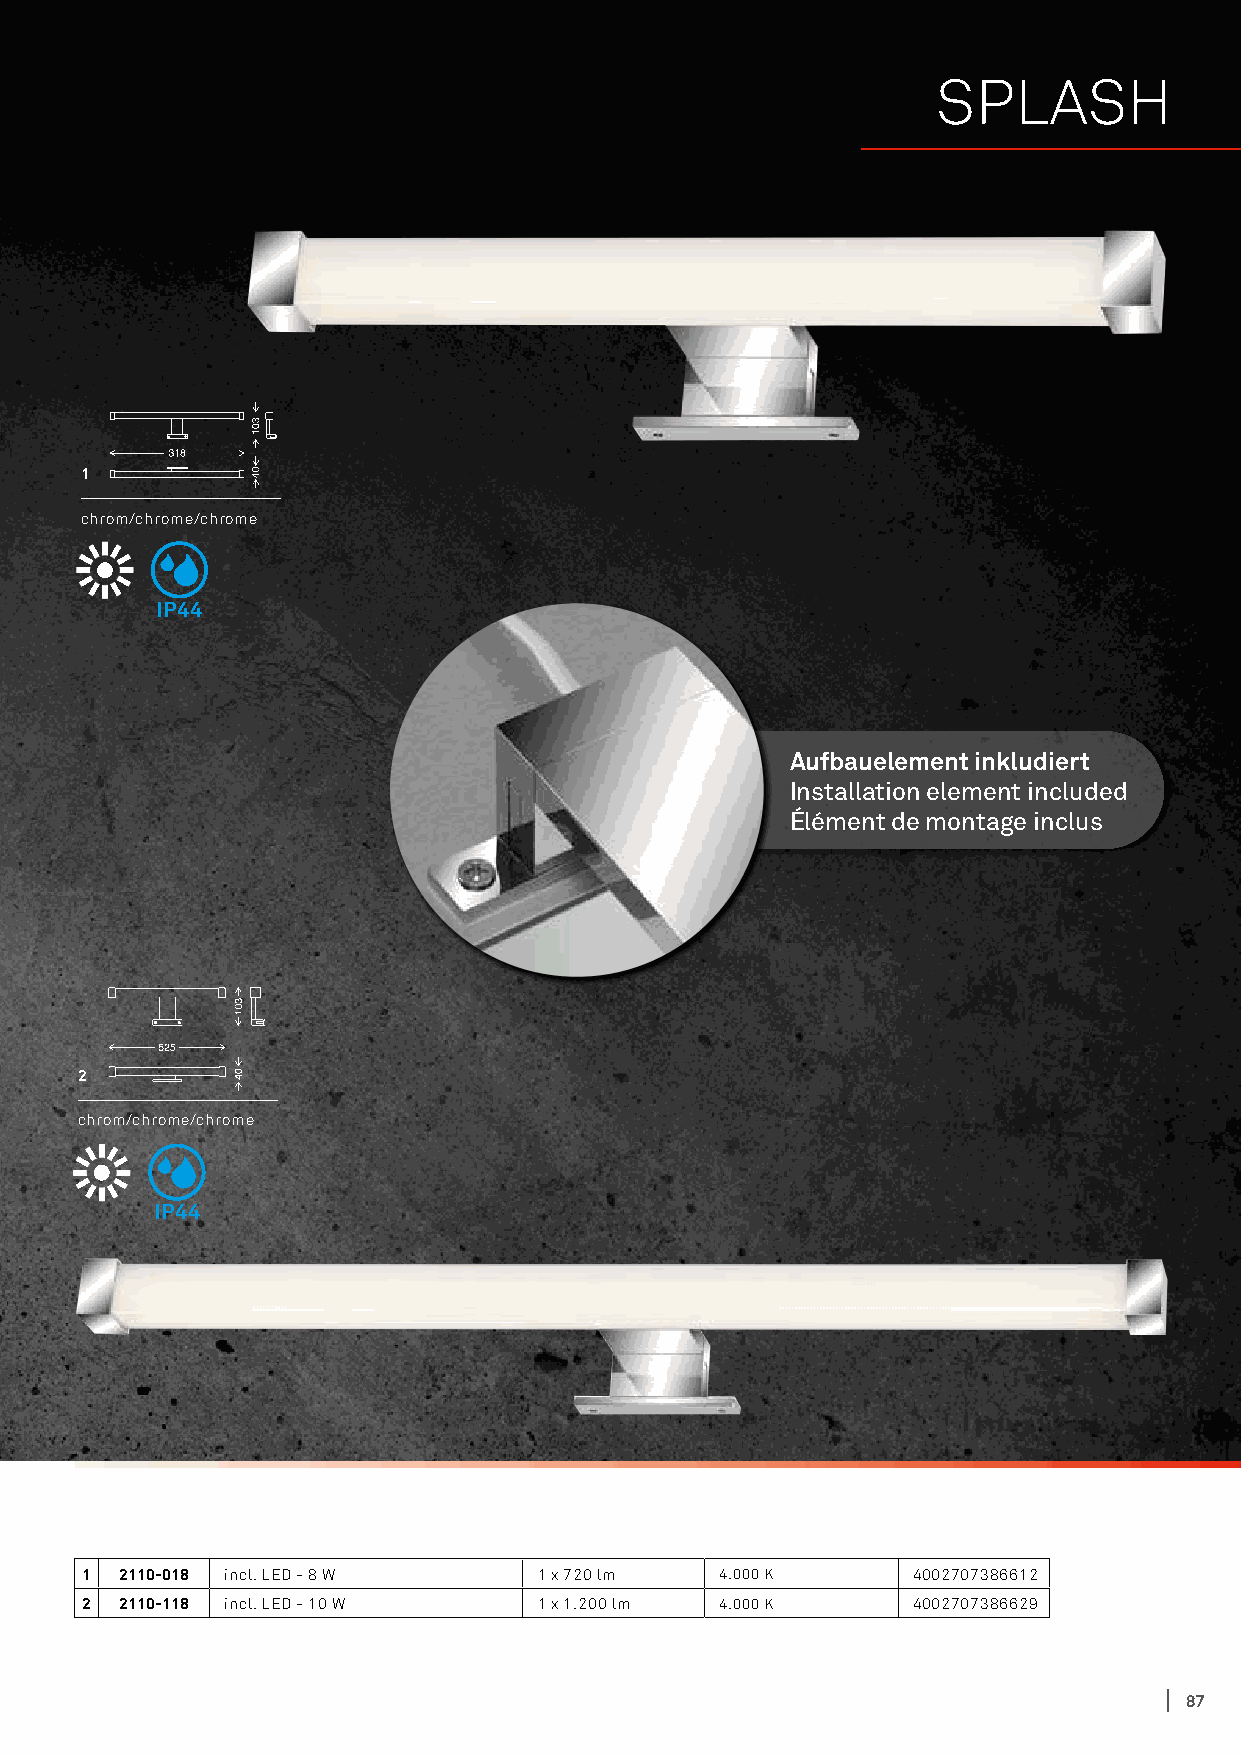
SPLASH
 1
 chrom/chrome/chrome
 IP44
 Aufbauelement inkludiert
 Installation element included
 Élément de montage inclus
 2
 chrom/chrome/chrome
 IP44
 1  2110-018 incl. LED - 8 W    1 x 720 lm  4.000 K     4002707386612
 2  2110-118 incl. LED - 10 W   1 x 1.200 lm 4.000 K    4002707386629
 87